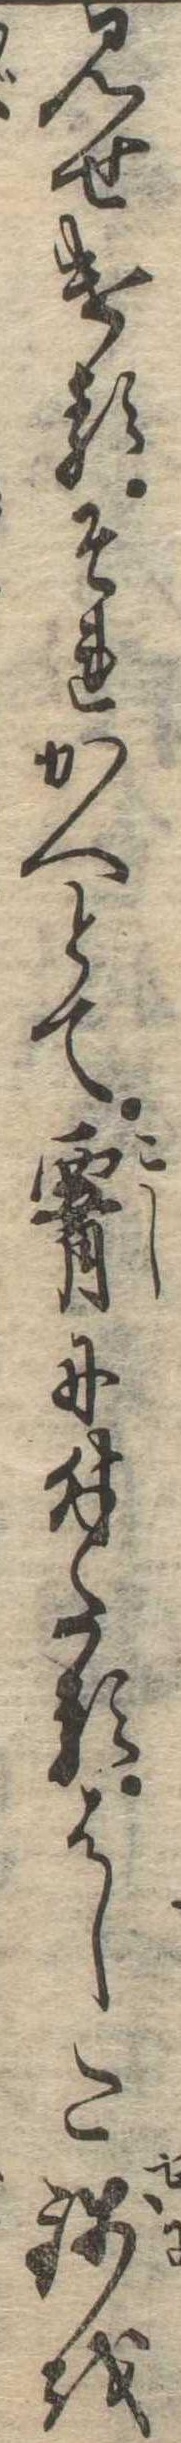
見せけるそれかへとて腰に付たるはした銭を